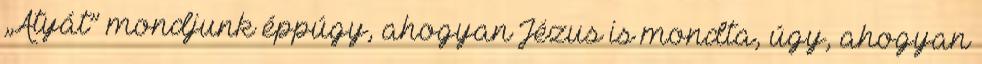
„Atyát” mondjunk éppúgy, ahogyan Jézus is mondta, úgy, ahogyan